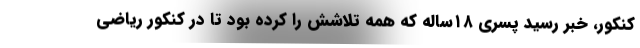
کنکور، خبر رسید پسری ۱۸ساله که همه تلاشش را کرده بود تا در کنکور ریاضی